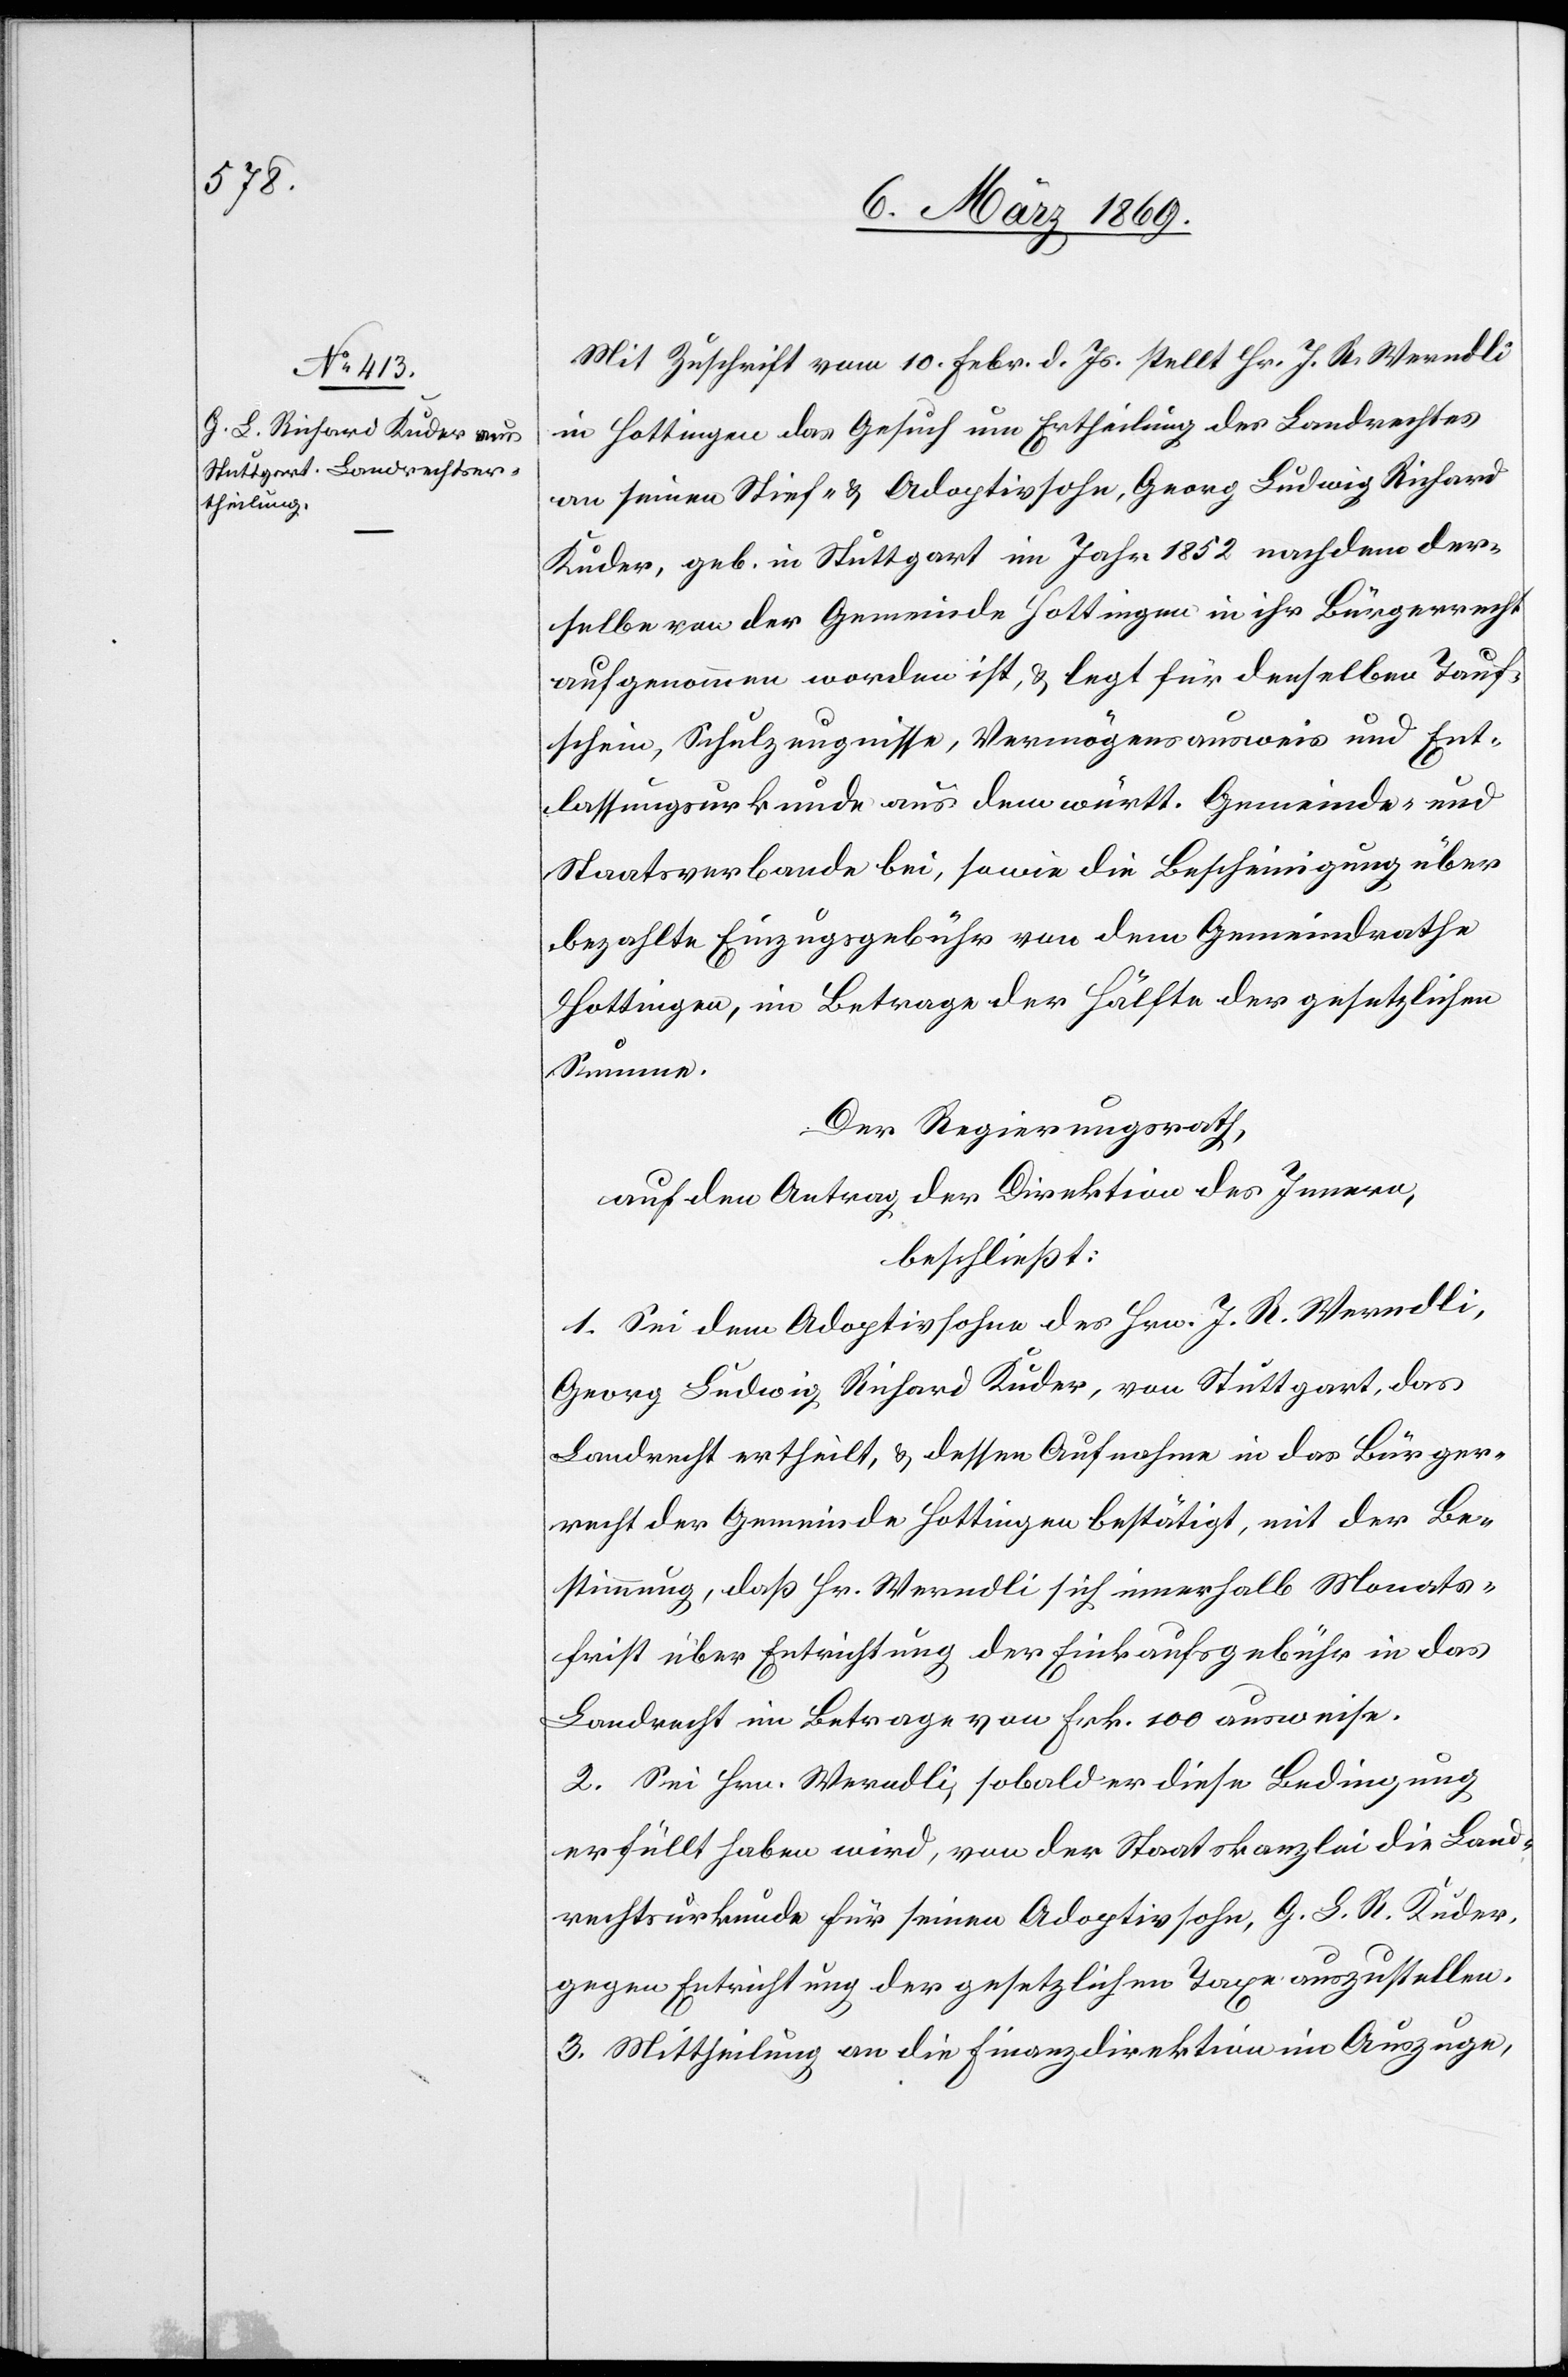
Mit Zuschrift vom 10. Febr. d. Js. stellt Hr. J. R. Werndli
in Hottingen das Gesuch um Ertheilung des Landrechtes
an seinen Stief- & Adoptivsohn, Georg Ludwig Richard
Kuder, geb. in Stuttgart im Jahre 1852 nachdem der¬
selbe von der Gemeinde Hottingen in ihr Bürgerrecht
aufgenommen worden ist, & legt für denselben Tauf¬
schein, Schulzeugnisse, Vermögensausweis und Ent¬
lassungsurkunde aus dem württ. Gemeinde- und
Staatsverbande bei, sowie die Bescheinigung über
bezahlte Einzugsgebühr von dem Gemeindrathe
Hottingen, im Betrage der Hälfte der gesetzlichen
Summe.
Der Regierungsrath,
auf den Antrag der Direktion des Innern,
beschließt:
1. Sei dem Adoptivsohn des Hrn. J. R. Werndli,
Georg Ludwig Richard Kuder, von Stuttgart, das
Landrecht ertheilt, & dessen Aufnahme in das Bürger¬
recht der Gemeinde Hottingen bestätigt, mit der Be¬
stimmung, daß Hr. Werndli sich innerhalb Monats¬
frist über Entrichtung der Einkaufsgebühr in das
Landrecht im Betrage von Frk. 100 ausweise.
2. Sei Hrn. Werndli, sobald er diese Bedingung
erfüllt haben wird, von der Staatskanzlei die Land¬
rechtsurkunde für seinen Adoptivsohn, G. L. R. Kuder,
gegen Entrichtung der gesetzlichen Taxe auszustellen.
3. Mittheilung an die Finanzdirektion im Auszuge,